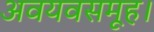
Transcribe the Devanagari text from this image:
अवयवसमूह।